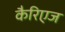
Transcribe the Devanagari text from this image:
कैरिएज